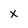
Character: x